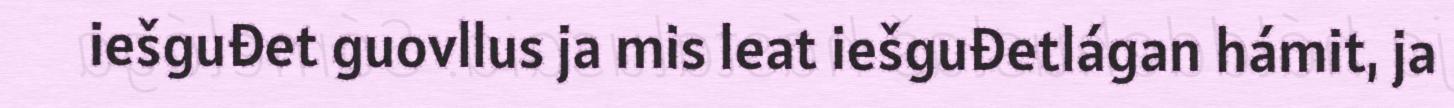
iešguđet guovllus ja mis leat iešguđetlágan hámit, ja